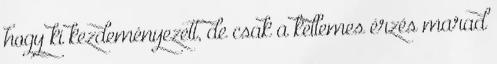
hogy ki kezdeményezett, de csak a kellemes érzés marad